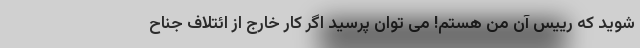
شوید که رییس آن من هستم! می توان پرسید اگر کار خارج از ائتلاف جناح